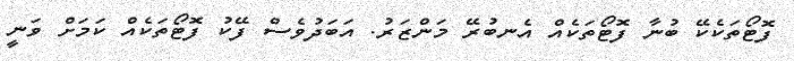
ފޮޓޯތަކެކޭ ބުނާ ފޮޓޯތަކެއް އެނބުރޭ މަންޒަރު. އަބަދުވެސް ފޭކު ފޮޓޯތަކެއް ކަމަށް ވަނީ